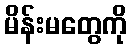
မိန်းမတွေကို